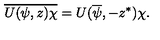
\overline { { U ( \psi , z ) \chi } } = U ( \overline { \psi } , - z ^ { \ast } ) \chi .